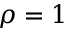
\rho = 1